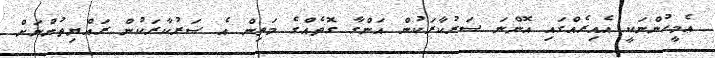
އެމީހުންނަކީ އެއިރެއްގައި އޮންނަ ސަރުކާރަކުން އަންގާ ގޮތެއްގެ މަތިން އެ ސަރުކާރަކުން ރައްޔިތުންނަށް